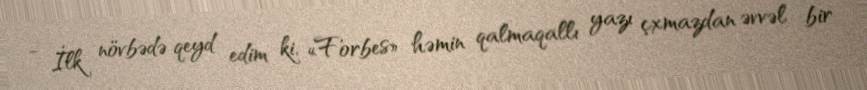
- İlk növbədə qeyd edim ki, «Forbes» həmin qalmaqallı yazı çxmazdan əvvəl bir